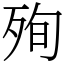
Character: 殉